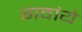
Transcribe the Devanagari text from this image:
गवांये